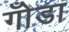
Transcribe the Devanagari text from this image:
गोँडा